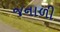
જનાળી